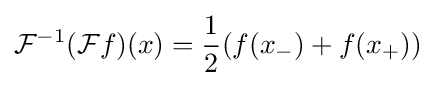
{\mathcal {F}}^{-1}({\mathcal {F}}f)(x)={\frac {1}{2}}(f(x_{-})+f(x_{+}))